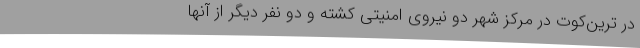
در ترین‌کوت در مرکز شهر دو نیروی امنیتی کشته و دو نفر دیگر از آنها